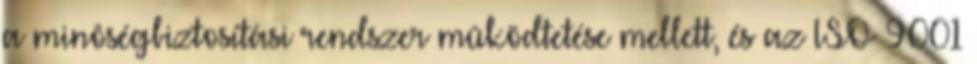
a minôségbiztosítási rendszer mûködtetése mellett, és az ISO 9001